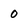
Character: 0